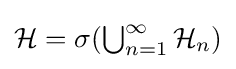
\textstyle {\mathcal {H}}=\sigma (\bigcup _{n=1}^{\infty }{\mathcal {H}}_{n})